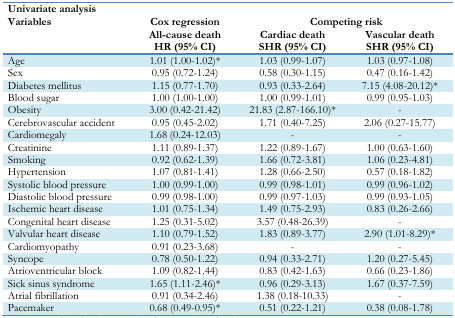
<table><thead><tr><td rowspan="2"><b>Univariate analysis Variables</b></td><td rowspan="2"><b>Cox regression All-cause death HR (95% CI)</b></td><td colspan="2"><b>Competing risk</b></td></tr><tr><td><b>Cardiac death SHR (95% CI)</b></td><td><b>Vascular death SHR (95% CI)</b></td></tr></thead><tbody><tr><td>Age</td><td>1.01 (1.00;1.02)<sup>*</sup></td><td>1.03 (0.99;1.07)</td><td>1.03 (0.97;1.08)</td></tr><tr><td>Sex</td><td>0.95 (0.72;1.24)</td><td>0.58 (0.301.15)</td><td>0.47 (0.16;1.42)</td></tr><tr><td>Diabetes mellitus</td><td>1.15 (0.77;1.70)</td><td>0.93 (0.332.64)</td><td>7.15 (4.0820.12)<sup>*</sup></td></tr><tr><td>Blood sugar</td><td>1.00 (1.00;1.00)</td><td>1.00 (0.99;1.01)</td><td>0.99 (0.95;1.03)</td></tr><tr><td>Obesity</td><td>3.00 (0.42;21.42)</td><td>21.83 (2.87;166.10)<sup>*</sup></td><td>-</td></tr><tr><td>Cerebrovascular accident</td><td>0.95 (0.45;2.02)</td><td>1.71 (0.40;7.25)</td><td>2.06 (0.27;15.77)</td></tr><tr><td>Cardiomegaly</td><td>1.68 (0.24;12.03)</td><td>-</td><td>-</td></tr><tr><td>Creatinine</td><td>1.11 (0.89;1.37)</td><td>1.22 (0.89;1.67)</td><td>1.00 (0.63;1.60)</td></tr><tr><td>Smoking</td><td>0.92 (0.62;1.39)</td><td>1.66 (0.72;3.81)</td><td>1.06 (0.23;4.81)</td></tr><tr><td>Hypertension</td><td>1.07 (0.81;1.41)</td><td>1.28 (0.66;2.50)</td><td>0.57 (0.18;1.82)</td></tr><tr><td>Systolic blood pressure</td><td>1.00 (0.99;1.00)</td><td>0.99 (0.98;1.01)</td><td>0.99 (0.96;1.02)</td></tr><tr><td>Diastolic blood pressure</td><td>0.99 (0.98;1.00)</td><td>0.99 (0.97;1.03)</td><td>0.99 (0.93;1.05)</td></tr><tr><td>Ischemic heart disease</td><td>1.01 (0.75;1.34)</td><td>1.49 (0.75;2.93)</td><td>0.83 (0.26;2.66)</td></tr><tr><td>Congenital heart disease</td><td>1.25 (0.31;5.02)</td><td>3.57 (0.48;26.39)</td><td>-</td></tr><tr><td>Valvular heart disease</td><td>1.10 (0.79;1.52)</td><td>1.83 (0.89;3.77)</td><td>2.90 (1.01;8.29)<sup>*</sup></td></tr><tr><td>Cardiomyopathy</td><td>0.91 (0.23;3.68)</td><td>-</td><td>-</td></tr><tr><td>Syncope</td><td>0.78 (0.50;1.22)</td><td>0.94 (0.33;2.71)</td><td>1.20 (0.27;5.45)</td></tr><tr><td>Atrioventricular block</td><td>1.09 (0.82;1.44)</td><td>0.83 (0.42;1.63)</td><td>0.66 (0.23;1.86)</td></tr><tr><td>Sick sinus syndrome</td><td>1.65 (1.11;2.46)<sup>*</sup></td><td>0.96 (0.29;3.13)</td><td>1.67 (0.37;7.59)</td></tr><tr><td>Atrial fibrillation</td><td>0.91 (0.34;2.46)</td><td>1.38 (0.18;10.33)</td><td>-</td></tr><tr><td>Pacemaker</td><td>0.68 (0.49;0.95)<sup>*</sup></td><td>0.51 (0.22;1.21)</td><td>0.38 (0.08;1.78)</td></tr></tbody></table>